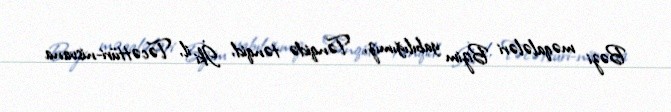
Bəzi məqalələri Bizim yabılığımız, Tənqidə tənqid, İki il, Təcəttüri-nisvana